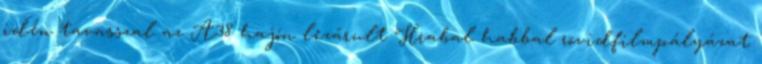
idén tavasszal az A38 hajón lezárult Hrabal habbal rövidfilmpályázat